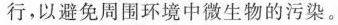
行，以避免周围环境中微生物的污染。